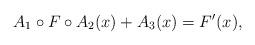
LaTeX: \begin{align*}A_1 \circ F \circ A_2(x) + A_3(x) = F'(x),\end{align*}